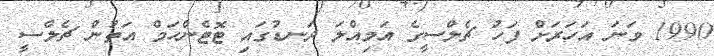
1990 ވަނަ އަހަރަށް ފަހު ޗެލްސީގެ އަމިއްލަ ދަނޑުގައި ޓޮޓެންހަމް އަތުން ޗެލްސީ